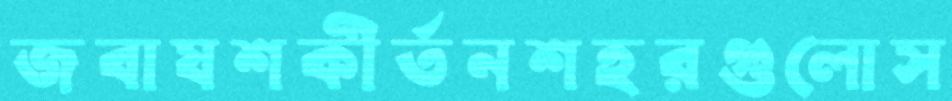
জবাযশকীর্তনশহরগুলোস